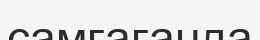
самғағанда